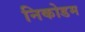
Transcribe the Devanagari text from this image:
निकोडम